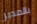
بالمدير